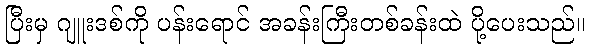
ပြီးမှ ဂျူးဒစ်ကို ပန်းရောင် အခန်းကြီးတစ်ခန်းထဲ ပို့ပေးသည်။